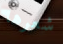
شعرها